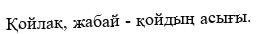
Қойлақ, жабай - қойдың асығы.